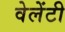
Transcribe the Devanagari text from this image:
वेलेंटी